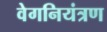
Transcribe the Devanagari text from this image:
वेगनियंत्रण